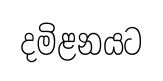
දමිළනයට